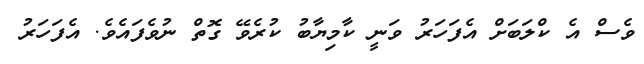
ވެސް އެ ކްލަބަށް އެފަހަރު ވަނީ ކާމިޔާބު ކުރެވޭ ގޮތް ނުވެފައެވެ. އެފަހަރު